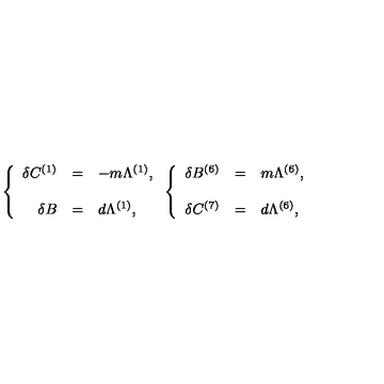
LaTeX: \left\{ \begin{array} { r c l } { \delta C ^ { ( 1 ) } } & { = } & { - m \Lambda ^ { ( 1 ) } , } \\ { } & { } & { } \\ { \delta B } & { = } & { d \Lambda ^ { ( 1 ) } , } \\ \end{array} \right. \left\{ \begin{array} { r c l } { \delta B ^ { ( 6 ) } } & { = } & { m \Lambda ^ { ( 6 ) } , } \\ { } & { } & { } \\ { \delta C ^ { ( 7 ) } } & { = } & { d \Lambda ^ { ( 6 ) } , } \\ \end{array} \right.